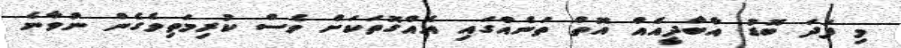
މި ފަދަ ބޮޑު އާބާދީއެއް އޮތް ތަނެއްގައި އެއްގޮތަކަށް ވެސް ކުރިމަތިވެގެން ނުވާނެ